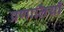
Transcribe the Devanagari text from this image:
प्रणालियॉ